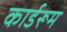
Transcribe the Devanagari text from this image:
कार्डरूम